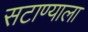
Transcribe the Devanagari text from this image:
सटाण्याला